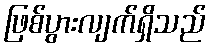
ဖြစ်ပွားလျက်ရှိသည်